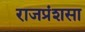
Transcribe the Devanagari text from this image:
राजप्रंशसा